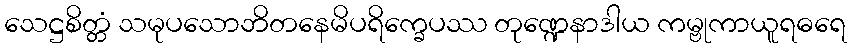
သေဋ္ဌစိတ္တံ သမုပသောဘိတနေမိပရိက္ခေပဿ တုဏ္ဍေနာဒါယ ကမ္ဗုကာယူရဓရေ